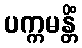
ပက္ကမန္တိံ